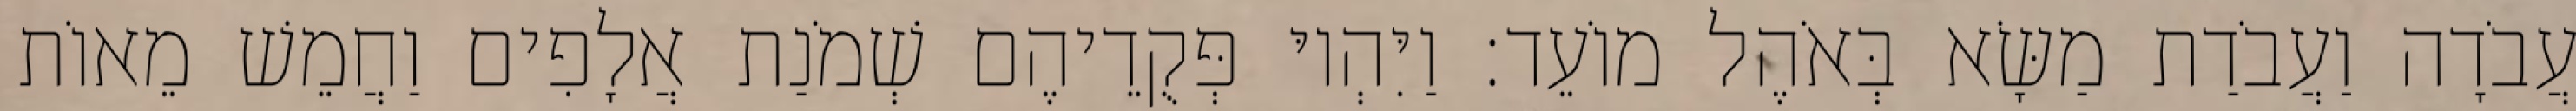
עֲבֹדָה וַעֲבֹדַת מַשָּׂא בְּאֹהֶל מוֹעֵד׃ וַיִּהְיוּ פְּקֻדֵיהֶם שְׁמֹנַת אֲלָפִים וַחֲמֵשׁ מֵאוֹת